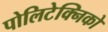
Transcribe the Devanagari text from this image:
पोलिटेक्निको